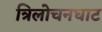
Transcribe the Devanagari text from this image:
त्रिलोचनघाट